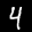
Label: 4